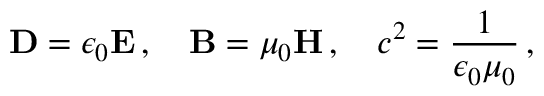
\mathbf { D } = \epsilon _ { 0 } \mathbf { E } \, , \quad \mathbf { B } = \mu _ { 0 } \mathbf { H } \, , \quad c ^ { 2 } = { \frac { 1 } { \epsilon _ { 0 } \mu _ { 0 } } } \, ,